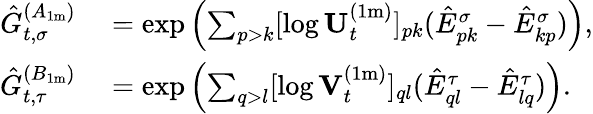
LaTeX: \begin{array}{rl}{\hat{G}_{t,\sigma}^{(A_{1\mathrm{m}})}}&{{}=\exp\left(\sum_{p>k}[\log\mathbf{U}_{t}^{(1\mathrm{m})}]_{pk}(\hat{E}_{pk}^{\sigma}-\hat{E}_{kp}^{\sigma})\right),}\\ {\hat{G}_{t,\tau}^{(B_{1\mathrm{m}})}}&{{}=\exp\left(\sum_{q>l}[\log\mathbf{V}_{t}^{(1\mathrm{m})}]_{ql}(\hat{E}_{ql}^{\tau}-\hat{E}_{lq}^{\tau})\right).}\end{array}